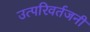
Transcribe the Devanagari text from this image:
उत्परिवर्तजनी